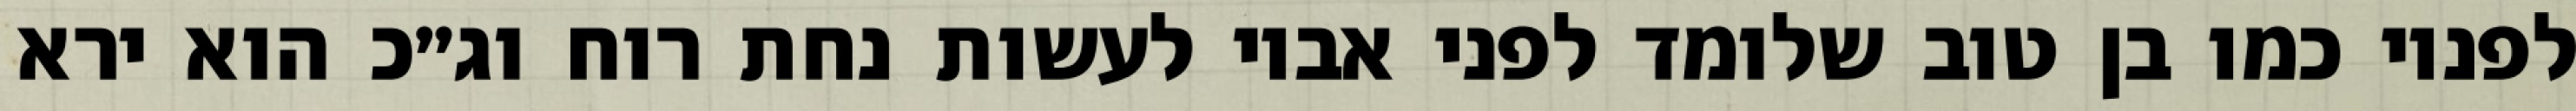
לפניו כמו בן טוב שלומד לפני אביו לעשות נחת רוח וג״כ הוא ירא